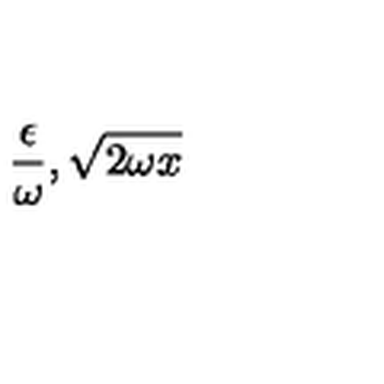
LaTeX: \frac { \epsilon } { \omega } , \sqrt { 2 \omega x }